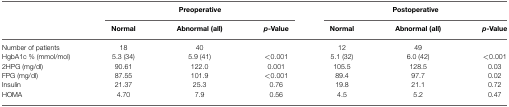
|  | <COLSPAN=3> Preoperative | <COLSPAN=3> Postoperative |
 |  | Normal | Abnormal (all) | p-Value | Normal | Abnormal (all) | p-Value |
 | --- | --- | --- | --- | --- | --- | --- |
 | Number of patients | 18 | 40 |  | 12 | 49 |  |
 | HgbA1c % (mmol/mol) | 5.3 (34) | 5.9 (41) | <0.001 | 5.1 (32) | 6.0 (42) | <0.001 |
 | 2HPG (mg/dl) | 90.61 | 122.0 | 0.001 | 105.5 | 128.5 | 0.03 |
 | FPG (mg/dl) | 87.55 | 101.9 | <0.001 | 89.4 | 97.7 | 0.02 |
 | Insulin | 21.37 | 25.3 | 0.76 | 19.8 | 21.1 | 0.72 |
 | HOMA | 4.70 | 7.9 | 0.56 | 4.5 | 5.2 | 0.47 |